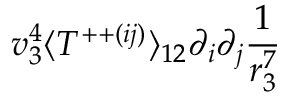
v _ { 3 } ^ { 4 } \langle T ^ { + + ( i j ) } \rangle _ { 1 2 } \partial _ { i } \partial _ { j } \frac { 1 } { r _ { 3 } ^ { 7 } }